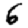
Digit: 6